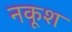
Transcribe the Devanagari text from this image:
नकूश